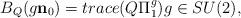
LaTeX: \begin{align*}B_{Q}(g\mathbf{n}_{0})=trace(Q\Pi_{1}^{g})g\in SU(2),\end{align*}